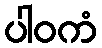
ပါဝကံ